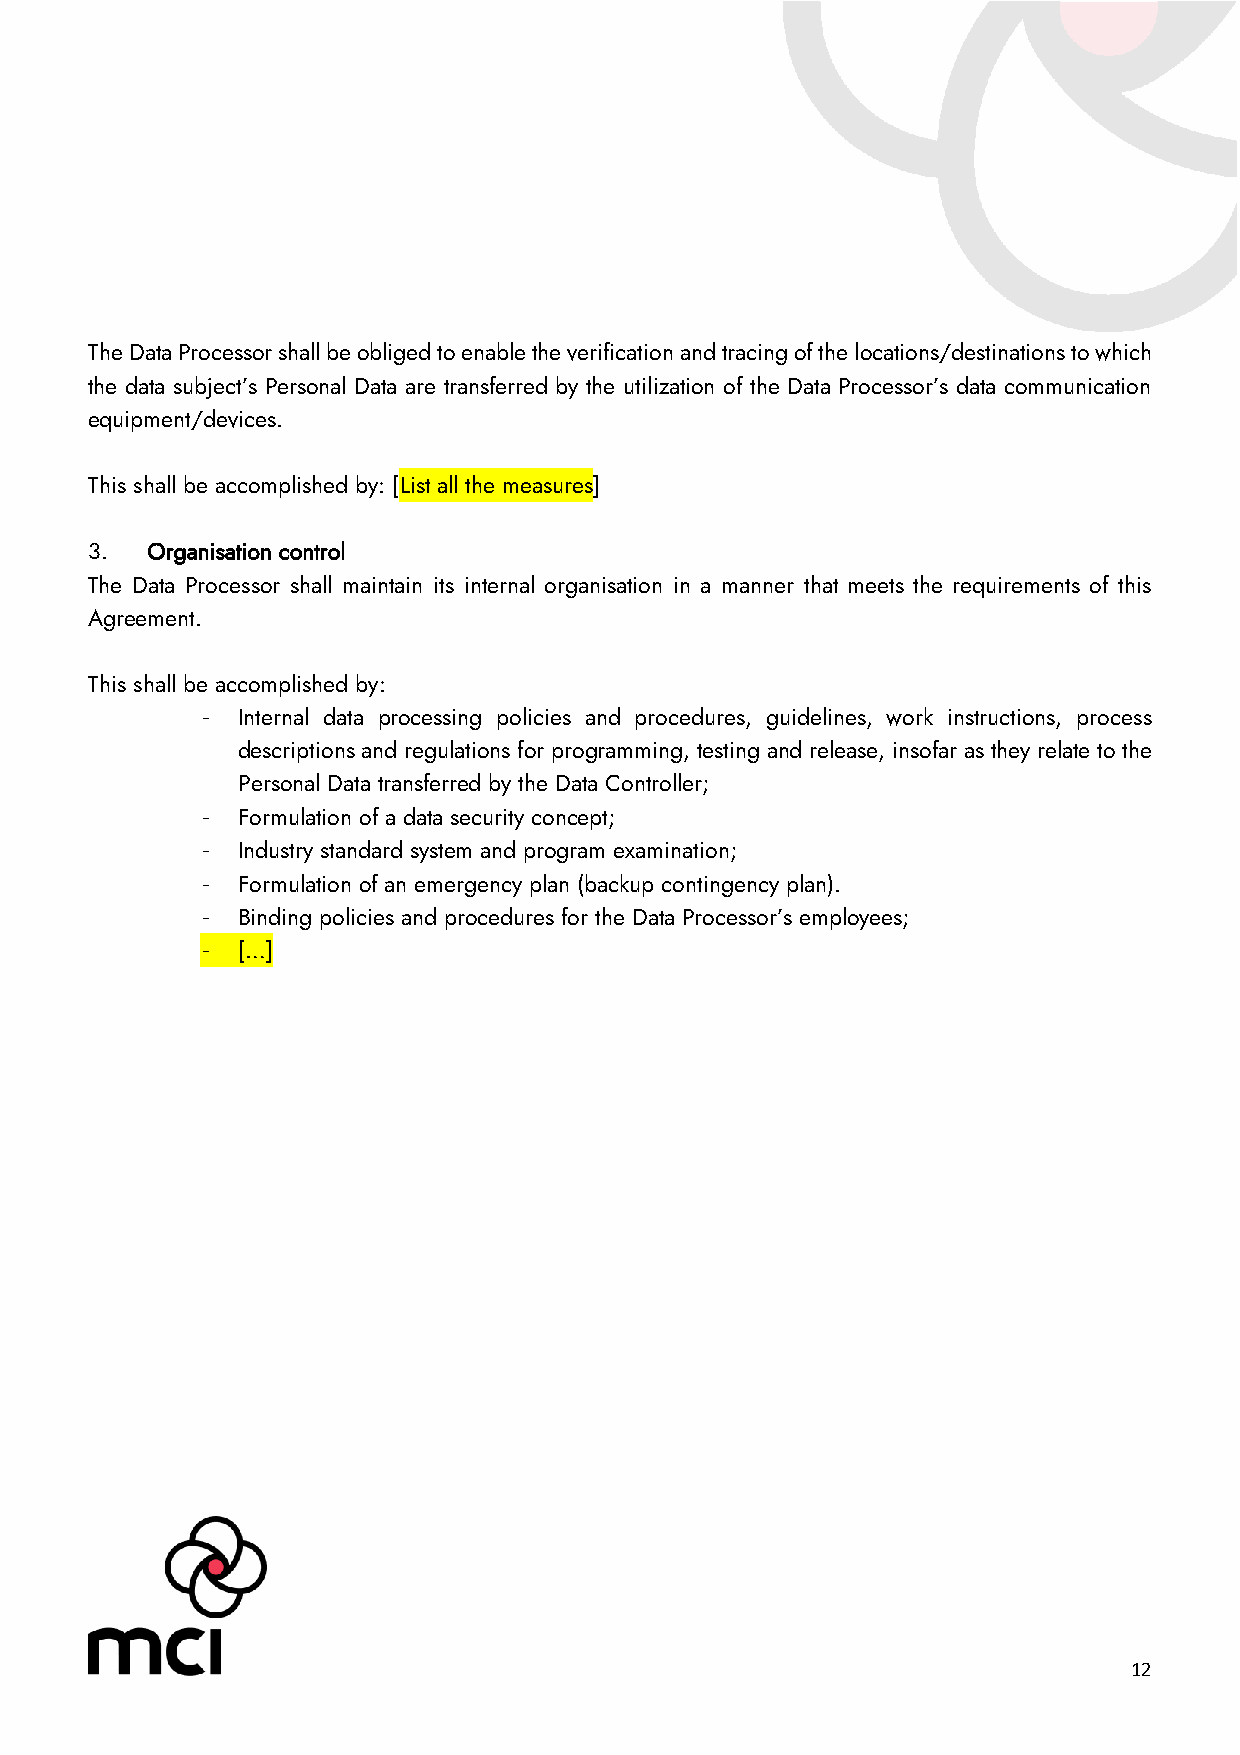
The Data Processor shall be obliged to enable the verification and tracing of the locations/destinations to which
 the data subject’s Personal Data are transferred by the utilization of the Data Processor’s data communication
 equipment/devices.
 This shall be accomplished by: [List all the measures]
 3.  Organisation control
 The Data Processor shall maintain its internal organisation in a manner that meets the requirements of this
 Agreement.
 This shall be accomplished by:
 -  Internal data processing policies and procedures, guidelines, work instructions, process
 descriptions and regulations for programming, testing and release, insofar as they relate to the
 Personal Data transferred by the Data Controller;
 -  Formulation of a data security concept;
 -  Industry standard system and program examination;
 -  Formulation of an emergency plan (backup contingency plan).
 -  Binding policies and procedures for the Data Processor’s employees;
 -  […]
 12